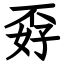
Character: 孬